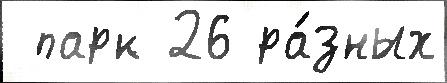
 парк 26 ра́зных